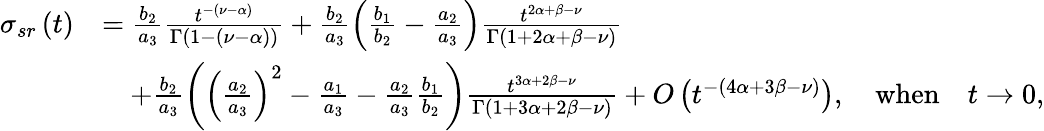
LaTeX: \begin{array}{rl}{\sigma_{sr}\left(t\right)}&{=\frac{b_{2}}{a_{3}}\frac{t^{-\left(\nu-\alpha\right)}}{\Gamma\left(1-\left(\nu-\alpha\right)\right)}+\frac{b_{2}}{a_{3}}\left(\frac{b_{1}}{b_{2}}-\frac{a_{2}}{a_{3}}\right)\frac{t^{2\alpha+\beta-\nu}}{\Gamma\left(1+2\alpha+\beta-\nu\right)}}\\ &{\quad+\frac{b_{2}}{a_{3}}\left(\left(\frac{a_{2}}{a_{3}}\right)^{2}-\frac{a_{1}}{a_{3}}-\frac{a_{2}}{a_{3}}\frac{b_{1}}{b_{2}}\right)\frac{t^{3\alpha+2\beta-\nu}}{\Gamma\left(1+3\alpha+2\beta-\nu\right)}+O\left(t^{-\left(4\alpha+3\beta-\nu\right)}\right),\quad\mathrm{when}\quad t\rightarrow 0,}\end{array}